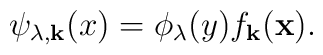
\psi_{\lambda,{\bf k}}(x)=\phi_\lambda(y)f_{\bf k}({\bf x}).